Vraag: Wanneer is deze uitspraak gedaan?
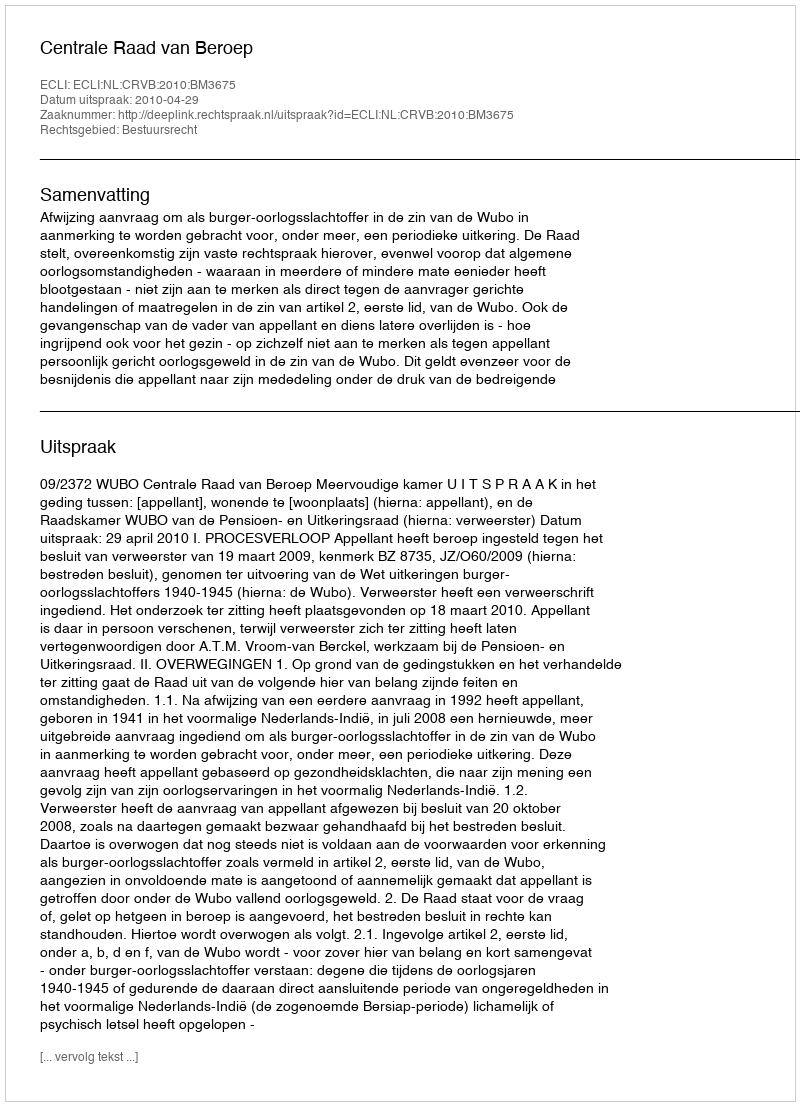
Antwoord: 2010-04-29